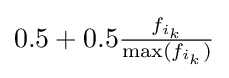
{\textstyle 0.5+0.5{\frac {f_{i_{k}}}{\max(f_{i_{k}})}}}